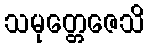
သမုတ္တေဇေသိ